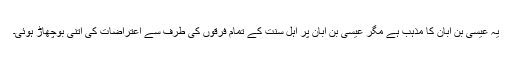
یہ عیسیٰ بن ابان کا مذہب ہے مگر عیسیٰ بن ابان پر اہل سنت کے تمام فرقوں کی طرف سے اعتراضات کی اتنی بوچھاڑ ہوئی۔